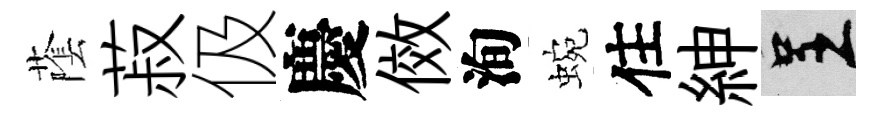
䕃菽伋慶傚洵蜿住紳呈